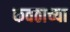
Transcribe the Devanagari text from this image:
कवठाच्या